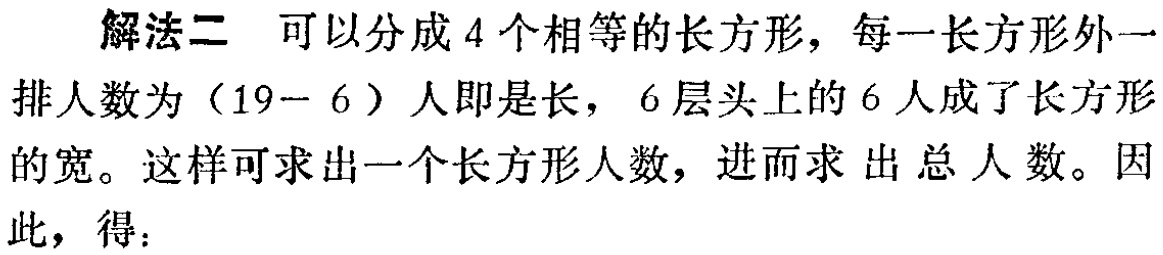
解法二 可以分成 4 个相等的长方形，每一长方形外一排人数为（19 - 6）人即是长，6 层头上的 6 人成了长方形的宽。这样可求出一个长方形人数，进而求出总人数。因此，得：